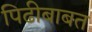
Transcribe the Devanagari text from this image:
पिढीबाबत